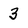
Character: 3